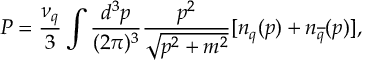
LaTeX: P = \frac { \nu _ { q } } { 3 } \int \frac { d ^ { 3 } p } { ( 2 \pi ) ^ { 3 } } \frac { p ^ { 2 } } { \sqrt { p ^ { 2 } + m ^ { 2 } } } [ n _ { q } ( p ) + n _ { \overline { { { q } } } } ( p ) ] ,